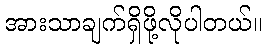
အားသာချက်ရှိဖို့လိုပါတယ်။